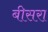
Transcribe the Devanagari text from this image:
बीसरा